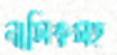
নাসিকসহ